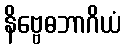
နိဗ္ဗေဓဘာဂိယံ